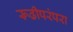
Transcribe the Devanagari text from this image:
रूढीपरंपरा